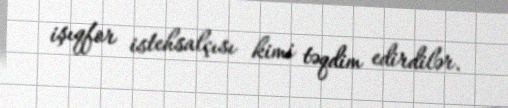
işıqfor istehsalçısı kimi təqdim edirdilər.